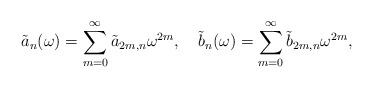
\begin{align*}\tilde{a}_{n}(\omega)=\sum_{m=0}^{\infty}\tilde{a}_{2m,n}\omega^{2m},~~~\tilde{b}_{n}(\omega)=\sum_{m=0}^{\infty}\tilde{b}_{2m,n}\omega^{2m},\end{align*}